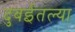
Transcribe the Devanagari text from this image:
दुबईतल्या